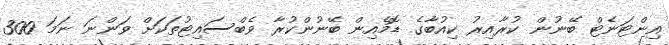
އިންޓަނެޓް ބޭނުން ކުރާއިރު ކިއުބާގެ ޑޮމެއިން ބޭނުންކުރާ ވެބްސައިޓުތަކަށް ވަންނަ ނަމަ 300